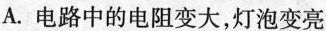
A.电路中的电阻变大，灯泡变亮